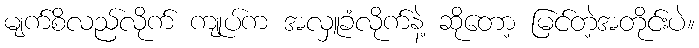
မျက်စိလည်လိုက် ကျုပ်က အလှူခံလိုက်နဲ့ ဆိုတော့ မြင်တဲ့အတိုင်းပဲ။